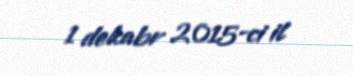
1 dekabr 2015-ci il